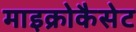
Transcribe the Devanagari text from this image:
माइक्रोकैसेट